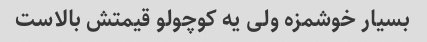
بسیار خوشمزه ولی یه کوچولو قیمتش بالاست